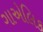
ગાએલિક